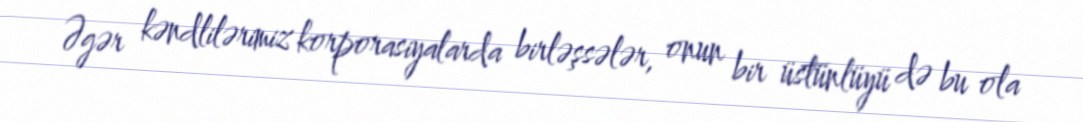
Əgər kəndlilərimiz korporasiyalarda birləşsələr, onun bir üstünlüyü də bu ola